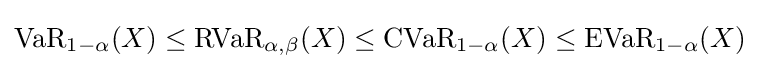
{\text{VaR}}_{1-\alpha }(X)\leq {\text{RVaR}}_{\alpha ,\beta }(X)\leq {\text{CVaR}}_{1-\alpha }(X)\leq {\text{EVaR}}_{1-\alpha }(X)